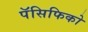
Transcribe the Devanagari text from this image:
पॅसिफिको